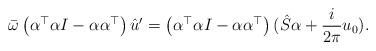
LaTeX: \begin{align*}\bar{\omega} \left( \alpha^\top \alpha I- \alpha \alpha^\top \right) \hat{u}'=\left( \alpha^\top \alpha I- \alpha \alpha^\top \right)(\hat{S} \alpha +\frac{i}{2\pi} u_0).\end{align*}